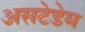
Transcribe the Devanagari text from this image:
असटेडेम